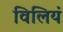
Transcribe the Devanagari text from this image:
विलियं